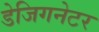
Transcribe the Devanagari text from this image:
डेजिगनेटर